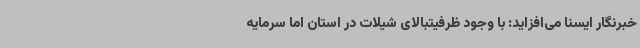
خبرنگار ایسنا می‌افزاید: با وجود ظرفیتبالای شیلات در استان اما سرمایه